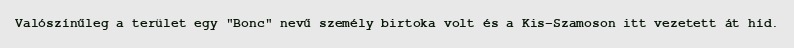
Valószínűleg a terület egy "Bonc" nevű személy birtoka volt és a Kis-Szamoson itt vezetett át híd.